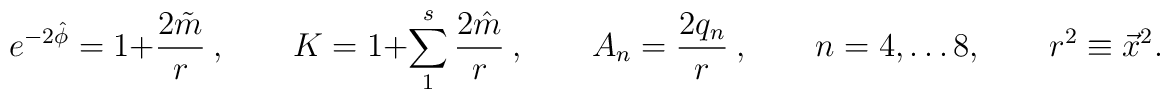
e^{-2\hat \phi}= 1+  {2\tilde m\over r}\ , \qquad K = 1+\sum_1^s {2\hat m\over r}\ , \qquad A_n =  {2 q_n\over r}\ ,\qquad n=4, \dots 8, \qquad r ^2 \equiv \vec x^2.